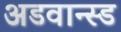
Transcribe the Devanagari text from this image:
अडवान्स्ड